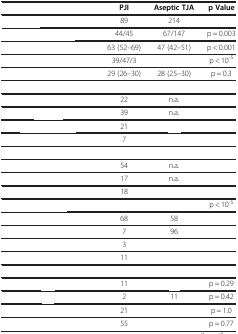
<table><thead><tr><td>[EMPTY_CELL]</td><td><b>PJI</b></td><td><b>Aseptic TJA</b></td><td><b>p Value</b></td></tr></thead><tbody><tr><td>[EMPTY_CELL]</td><td>89</td><td>214</td><td>[EMPTY_CELL]</td></tr><tr><td>[EMPTY_CELL]</td><td>44/45</td><td>67/147</td><td>p = 0.003</td></tr><tr><td>[EMPTY_CELL]</td><td>63 (52–69)</td><td>47 (42–51)</td><td>p &lt; 0.001</td></tr><tr><td>[EMPTY_CELL]</td><td>39/47/3</td><td>[EMPTY_CELL]</td><td>p &lt; 10<sup>-5</sup></td></tr><tr><td>[EMPTY_CELL]</td><td>29 (26–30)</td><td>28 (25–30)</td><td>p = 0.3</td></tr><tr><td>[EMPTY_CELL]</td><td>[EMPTY_CELL]</td><td>[EMPTY_CELL]</td><td>[EMPTY_CELL]</td></tr><tr><td>[EMPTY_CELL]</td><td>22</td><td>n.a.</td><td>[EMPTY_CELL]</td></tr><tr><td>[EMPTY_CELL]</td><td>39</td><td>n.a.</td><td>[EMPTY_CELL]</td></tr><tr><td>[EMPTY_CELL]</td><td>21</td><td>[EMPTY_CELL]</td><td>[EMPTY_CELL]</td></tr><tr><td>[EMPTY_CELL]</td><td>7</td><td>[EMPTY_CELL]</td><td>[EMPTY_CELL]</td></tr><tr><td>[EMPTY_CELL]</td><td>[EMPTY_CELL]</td><td>[EMPTY_CELL]</td><td>[EMPTY_CELL]</td></tr><tr><td>[EMPTY_CELL]</td><td>54</td><td>n.a.</td><td>[EMPTY_CELL]</td></tr><tr><td>[EMPTY_CELL]</td><td>17</td><td>n.a.</td><td>[EMPTY_CELL]</td></tr><tr><td>[EMPTY_CELL]</td><td>18</td><td>[EMPTY_CELL]</td><td>[EMPTY_CELL]</td></tr><tr><td>[EMPTY_CELL]</td><td>[EMPTY_CELL]</td><td>[EMPTY_CELL]</td><td>p &lt; 10<sup>-5</sup></td></tr><tr><td>[EMPTY_CELL]</td><td>68</td><td>58</td><td>[EMPTY_CELL]</td></tr><tr><td>[EMPTY_CELL]</td><td>7</td><td>96</td><td>[EMPTY_CELL]</td></tr><tr><td>[EMPTY_CELL]</td><td>3</td><td>[EMPTY_CELL]</td><td>[EMPTY_CELL]</td></tr><tr><td>[EMPTY_CELL]</td><td>11</td><td>[EMPTY_CELL]</td><td>[EMPTY_CELL]</td></tr><tr><td>[EMPTY_CELL]</td><td>[EMPTY_CELL]</td><td>[EMPTY_CELL]</td><td>[EMPTY_CELL]</td></tr><tr><td>[EMPTY_CELL]</td><td>11</td><td>[EMPTY_CELL]</td><td>p = 0.29</td></tr><tr><td>[EMPTY_CELL]</td><td>2</td><td>11</td><td>p = 0.42</td></tr><tr><td>[EMPTY_CELL]</td><td>21</td><td>[EMPTY_CELL]</td><td>p = 1.0</td></tr><tr><td>[EMPTY_CELL]</td><td>55</td><td>[EMPTY_CELL]</td><td>p = 0.77</td></tr></tbody></table>